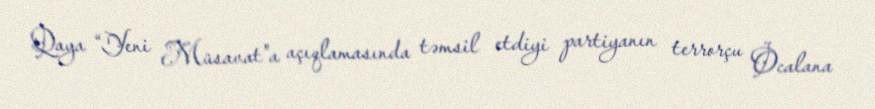
Qaya “Yeni Müsavat”a açıqlamasında təmsil etdiyi partiyanın terrorçu Öcalana